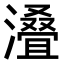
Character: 𣿫